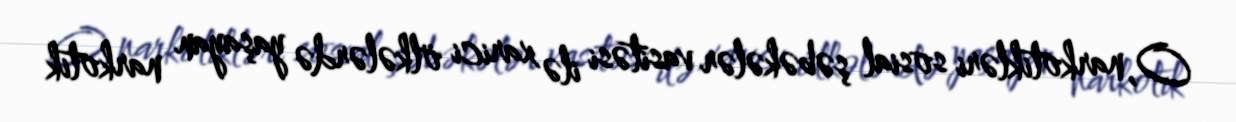
O, narkotikləri sosial şəbəkələr vasitəsi ilə xarici ölkələrdə yaşayan narkotik